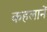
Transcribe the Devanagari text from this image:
कहलानें